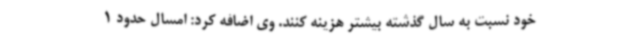
خود نسبت به سال گذشته بیشتر هزینه کنند. وی اضافه کرد: امسال حدود 1